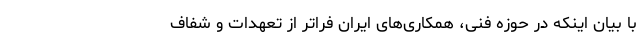
با بیان اینکه در حوزه فنی، همکاری‌های ایران فراتر از تعهدات و شفاف